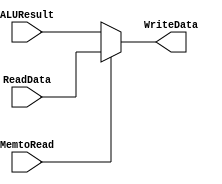
module mux_MemtoReg(ReadData,ALUResult,MemtoRead,WriteData);

input[63:0] ReadData;
input[63:0] ALUResult;
input MemtoRead;
output[63:0] WriteData;

assign WriteData = (MemtoRead) ? ReadData:ALUResult ;


endmodule